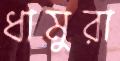
ধামুরা